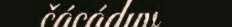
čácáduv